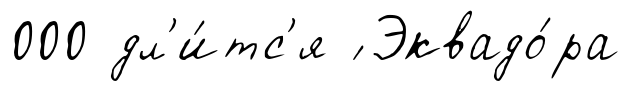
000 дл'и́тс'я ́ Эквадо́ра